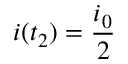
i ( t _ { 2 } ) = \frac { i _ { 0 } } { 2 }